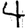
Digit: 4